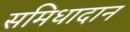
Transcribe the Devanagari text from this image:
समिधादान